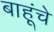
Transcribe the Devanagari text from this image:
बाहूंचे